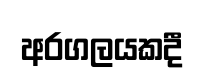
අරගලයකදී